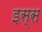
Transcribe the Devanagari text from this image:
इस्स